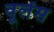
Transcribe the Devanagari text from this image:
वूलेंस